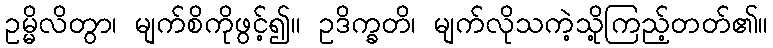
ဥမ္မိလိတွာ၊ မျက်စိကိုဖွင့်၍။ ဥဒိက္ခတိ၊ မျက်လိုသကဲ့သို့ကြည့်တတ်၏။